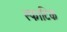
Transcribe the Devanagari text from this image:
स्फाटिकं